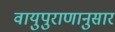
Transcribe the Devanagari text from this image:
वायुपुराणानुसार